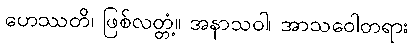
ဟေဿတိ၊ ဖြစ်လတ္တံ့။ အနာသဝါ၊ အာသဝေါတရား